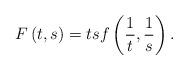
LaTeX: \begin{align*}F\left( {t,s} \right) = tsf\left({\frac{1}{t},\frac{1}{s}} \right).\end{align*}